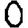
Digit: 0